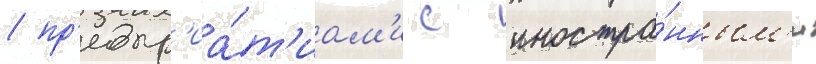
/ пр'едпр'иа́т'иам'и с иностра́нным'и